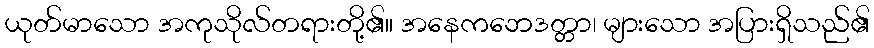
ယုတ်မာသော အကုသိုလ်တရားတို့၏။ အနေကဘေဒတ္တာ၊ များသော အပြားရှိသည်၏